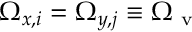
\Omega _ { x , i } = \Omega _ { y , j } \equiv \Omega _ { \mathrm { ~ v ~ } }